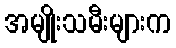
အမျိုးသမီးများက